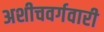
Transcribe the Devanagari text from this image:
अशीचवर्गवारी